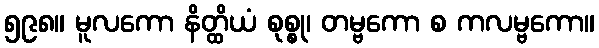
၅၉၈။ မူလကော နိတ္ထိယံ စုစ္စု၊ တမ္ဗကော စ ကလမ္ဗကော။